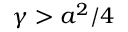
\gamma > a ^ { 2 } / 4